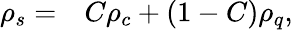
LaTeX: \begin{array}{rl}{\rho_{s}=}&{{}C\rho_{c}+(1-C)\rho_{q},}\end{array}